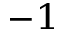
^ { - 1 }